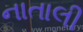
નાતાલી